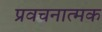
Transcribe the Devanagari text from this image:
प्रवचनात्मक